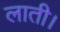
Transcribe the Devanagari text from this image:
लाती।